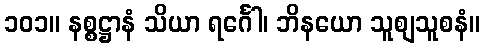
၁၀၁။ နစ္စဋ္ဌာနံ သိယာ ရင်္ဂေါ၊ ဘိနယော သူစျသူစနံ။